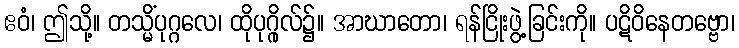
ဧဝံ၊ ဤသို့။ တသ္မိံပုဂ္ဂလေ၊ ထိုပုဂ္ဂိုလ်၌။ အာဃာတော၊ ရန်ငြိုးဖွဲ့ခြင်းကို။ ပဋိဝိနေတဗ္ဗော၊